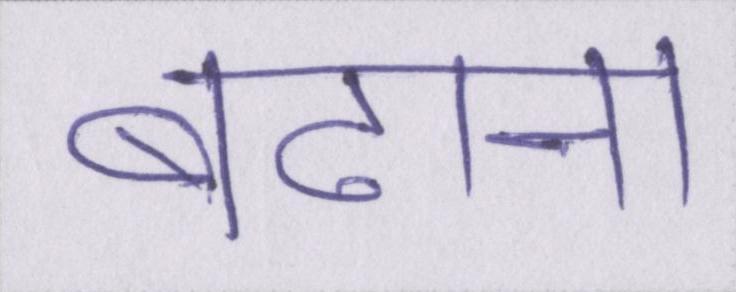
बढाना